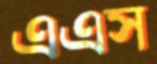
এএস